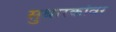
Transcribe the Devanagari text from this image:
सुधारकांवर